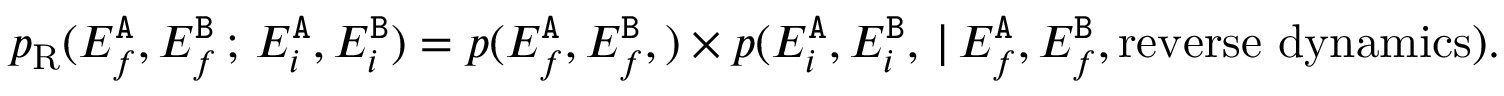
\begin{array} { r l } & { p _ { \mathrm { R } } ( E _ { f } ^ { { \tt A } } , E _ { f } ^ { { \tt B } } \, ; \, E _ { i } ^ { { \tt A } } , E _ { i } ^ { { \tt B } } ) = p ( E _ { f } ^ { { \tt A } } , E _ { f } ^ { { \tt B } } , ) \times p ( E _ { i } ^ { { \tt A } } , E _ { i } ^ { { \tt B } } , \, | \, E _ { f } ^ { { \tt A } } , E _ { f } ^ { { \tt B } } , \mathrm { r e v e r s e ~ d y n a m i c s } ) . } \end{array}